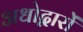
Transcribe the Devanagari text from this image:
अधोद्वारों